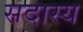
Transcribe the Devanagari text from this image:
सदास्य